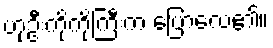
ဟုဦးကိုကိုကြီးက ပြောလေ၏။